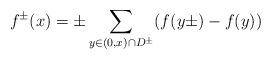
LaTeX: \begin{align*}f^\pm(x)=\pm\sum_{y\in (0,x)\cap D^\pm} (f(y\pm)-f(y))\end{align*}